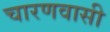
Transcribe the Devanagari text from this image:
चारणवासी